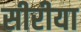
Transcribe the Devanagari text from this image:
सीरीया